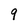
Character: 9